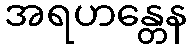
အရဟန္တေန